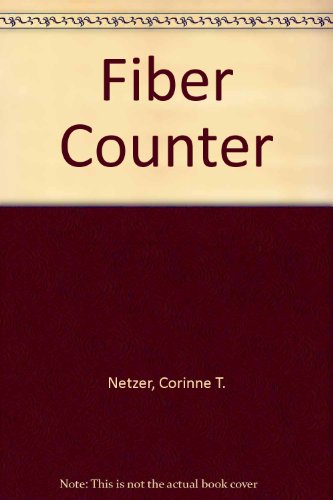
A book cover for Fiber Counter; Corinne T. Netzer; Health, Fitness & Dieting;